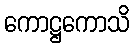
ကောဋ္ဌကောသိ